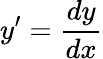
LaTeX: y^{\prime}=\frac{dy}{dx}